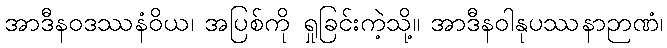
အာဒီနဝဒဿနံဝိယ၊ အပြစ်ကို ရှုခြင်းကဲ့သို့။ အာဒီနဝါနုပဿနာဉာဏံ၊